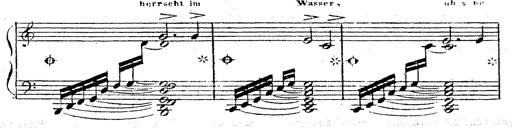
Title: 12 Lieder von Franz Schubert
Composer: Franz Liszt